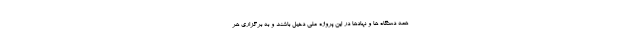
همه دستگاه ها و نهادها در این پروژه ملی دخیل باشند و به برگزاری هر